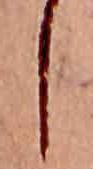
し